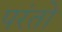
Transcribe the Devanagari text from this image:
परंतो